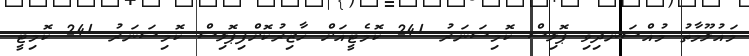
މައުލޫމާތު މުއްސަނދިވި ޕޮލިސް ކޮމިޝަނަރު 241 ކޮމެޓީއަށް ހާޒިރުކޮށްފިޕޮލިސް ކޮމިޝަނަރު 241 ކޮމިޓީ